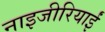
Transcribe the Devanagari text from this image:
नाइजीरियाईं